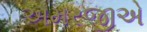
અમરજીએ